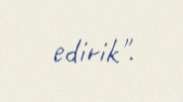
edirik".